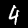
Digit: 4